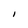
Character: I